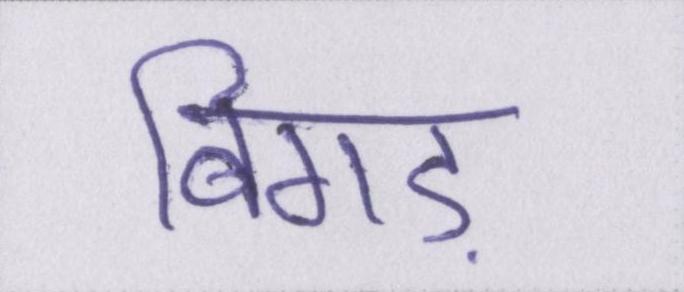
बिगड़